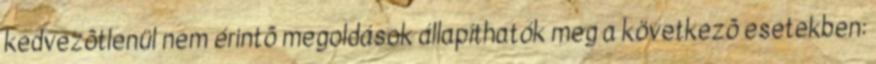
kedvezõtlenül nem érintõ megoldások állapíthatók meg a következõ esetekben: